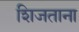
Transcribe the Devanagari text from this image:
शिजताना